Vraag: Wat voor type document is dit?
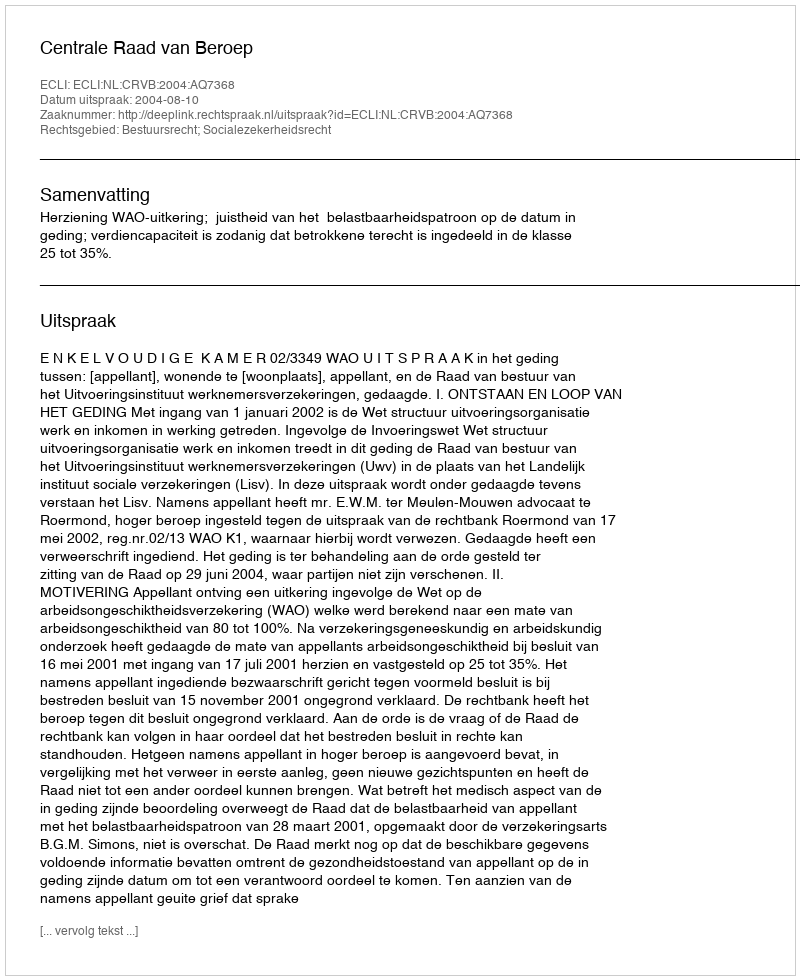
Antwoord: Uitspraak